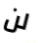
لن